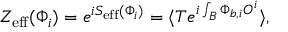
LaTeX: { \cal Z } _ { \mathrm { e f f } } ( \Phi _ { i } ) = e ^ { i S _ { \mathrm { e f f } } ( \Phi _ { i } ) } = \langle T e ^ { i \int _ { \cal B } \Phi _ { b , i } { \cal O } ^ { i } } \rangle ,